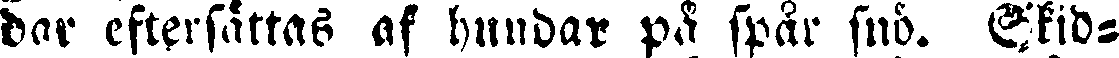
dar eftersättas af hundar på spår snö. Skid-